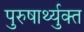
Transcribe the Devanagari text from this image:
पुरुषार्थ्युक्त